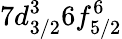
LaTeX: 7d_{3/2}^{3}6f_{5/2}^{6}